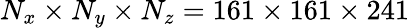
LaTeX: N_{x}\times N_{y}\times N_{z}=161\times 161\times 241